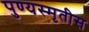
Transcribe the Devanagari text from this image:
पुण्यस्मृतीस